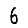
Digit: 6